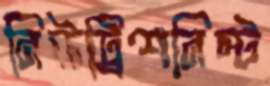
নিউট্রিশনিস্ট